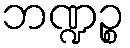
ဘဏ္ဍဉ္စ